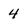
Character: 4